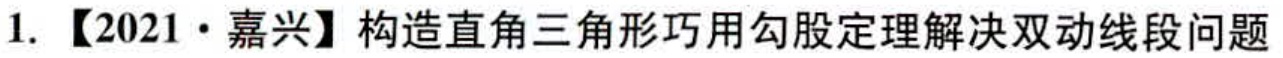
1. 【2021·嘉兴】构造直角三角形巧用勾股定理解决双动线段问题